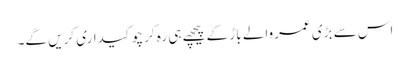
اس سے بڑی عمروالے باڑ کے پیچھے ہی رہ کر چوکیداری کریں گے۔